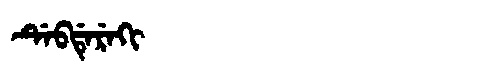
Manchu: ᡩᡝᠪᡩᡝᡵᡝᡴᡳ
Romanization: DEBDEREKI